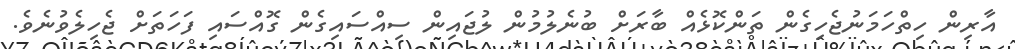
އާރިން ހިތްހަމަނުޖެހިގެން ތަންކޮޅެއް ބާރަށް ބުނެލުމުން ލުޖައިން ސިއްސައިގެން ގޮއްސައި ފަހަތަށް ޖެހިލެވުނެވެ.